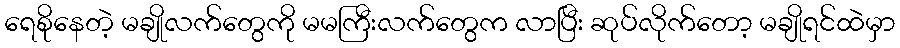
ရေစိုနေတဲ့ မချိုလက်တွေကို မမကြီးလက်တွေက လာပြီး ဆုပ်လိုက်တော့ မချိုရင်ထဲမှာ